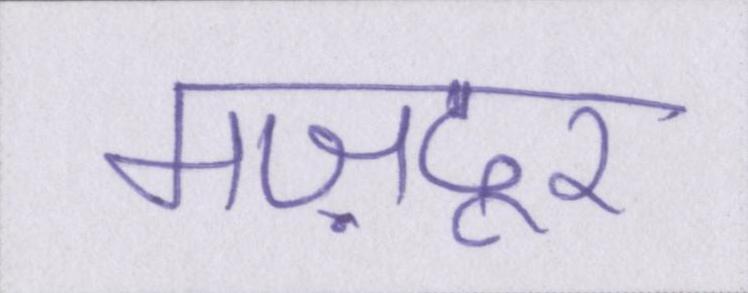
मज़दूर